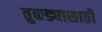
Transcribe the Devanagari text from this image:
तुकड्यासाठी